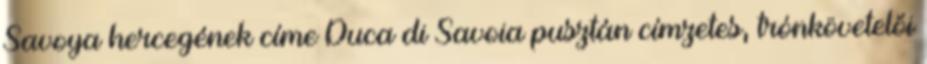
Savoya hercegének címe Duca di Savoia pusztán címzetes, trónkövetelői